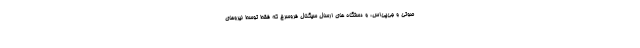
صوتی و جی‌پی‌اس، و دستگاه های ارسال سیگنال فروسرخ که فقط توسط نیروهای